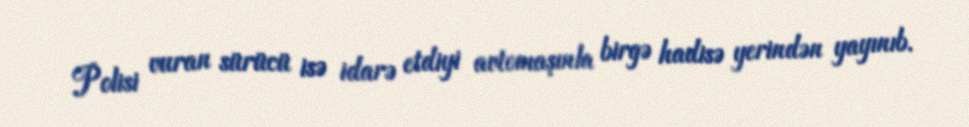
Polisi vuran sürücü isə idarə etdiyi avtomaşınla birgə hadisə yerindən yayınıb.